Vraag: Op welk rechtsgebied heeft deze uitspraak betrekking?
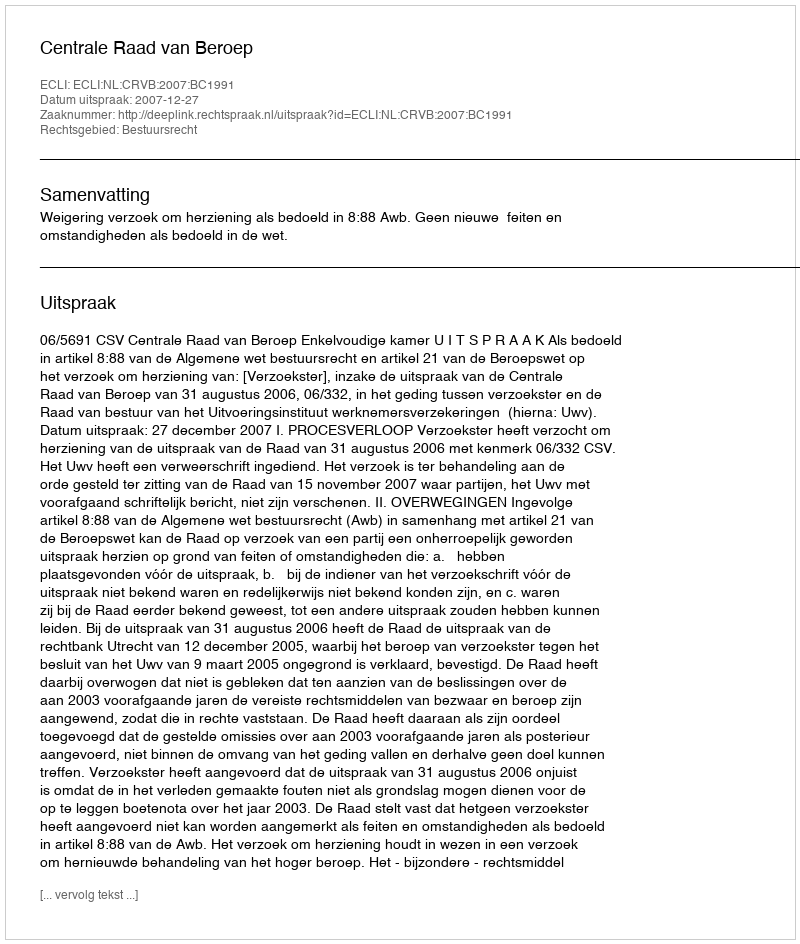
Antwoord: Bestuursrecht